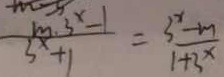
\frac { m \cdot 3 ^ { x } - 1 } { 3 ^ { x } + 1 } = \frac { 3 ^ { x } - m } { 1 + 3 ^ { x } }